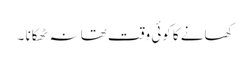
کھانے کا کوئی وقت تھا نہ ٹھکانا ۔